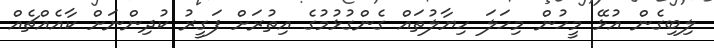
ލިބިގެން އުޅޭ މީހުން މިހަލަ ހިޔާލުތައް ގެންގުޅުމުގެ އިތުރަށް ފަގީރު ކުދިންނަށް ކާއެއްޗެއް